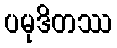
ပမုဒိတဿ